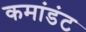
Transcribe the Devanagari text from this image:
कमांडंट